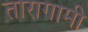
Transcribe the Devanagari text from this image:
तारागामी